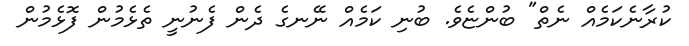
ކުރާނެކަމެއް ނެތް" ބުންޏެވެ. ބުނި ކަމެއް ނޭނގެ ދެން ފެނުނީ ތެޅެމުން ފޮޅެމުން